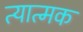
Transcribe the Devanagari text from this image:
त्यात्मक